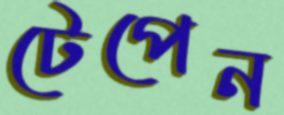
টেপেন